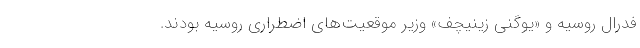
فدرال روسیه و «یوگنی زینیچف» وزیر موقعیت‌های اضطراری روسیه بودند.